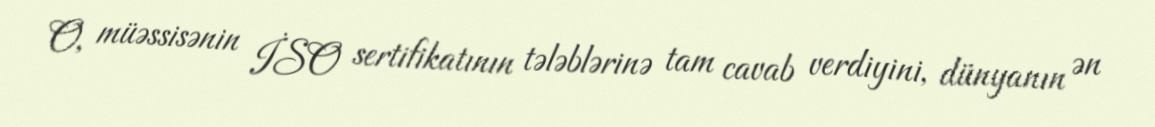
O, müəssisənin İSO sertifikatının tələblərinə tam cavab verdiyini, dünyanın ən